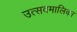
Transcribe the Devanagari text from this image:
उत्सवमालिका